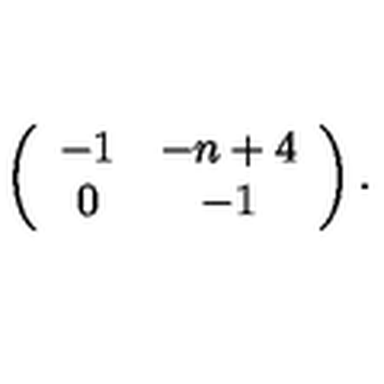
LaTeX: \left( \begin{array} { c c } { - 1 } & { - n + 4 } \\ { 0 } & { - 1 } \\ \end{array} \right) .